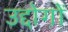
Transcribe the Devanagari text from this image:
उद्दोगों